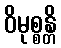
ဝိမုစ္စန္တိ